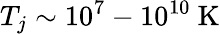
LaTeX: T_{j}\sim 10^{7}-10^{10}~\mathrm{{K}}